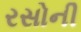
રસોની